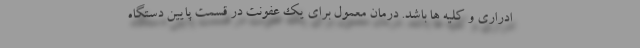
ادراری و کلیه ها باشد. درمان معمول برای یک عفونت در قسمت پایین دستگاه